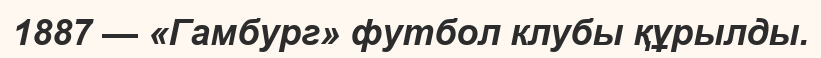
1887 — «Гамбург» футбол клубы құрылды.